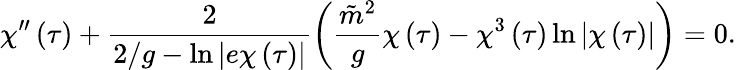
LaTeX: \chi^{\prime\prime}\left(\tau\right)+\frac{2}{2/g-\ln\left|e\chi\left(\tau\right)\right|}\left(\frac{\tilde{m}^{2}}{g}\chi\left(\tau\right)-\chi^{3}\left(\tau\right)\ln\left|\chi\left(\tau\right)\right|\right)=0.